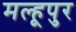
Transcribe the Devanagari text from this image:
मल्हूपुर